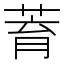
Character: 𦱀